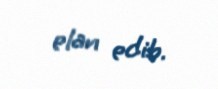
elan edib.